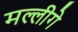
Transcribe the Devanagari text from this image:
मल्लीगे